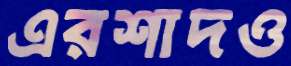
এরশাদও